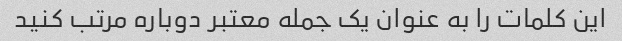
این کلمات را به عنوان یک جمله معتبر دوباره مرتب کنید